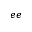
_ { e e }